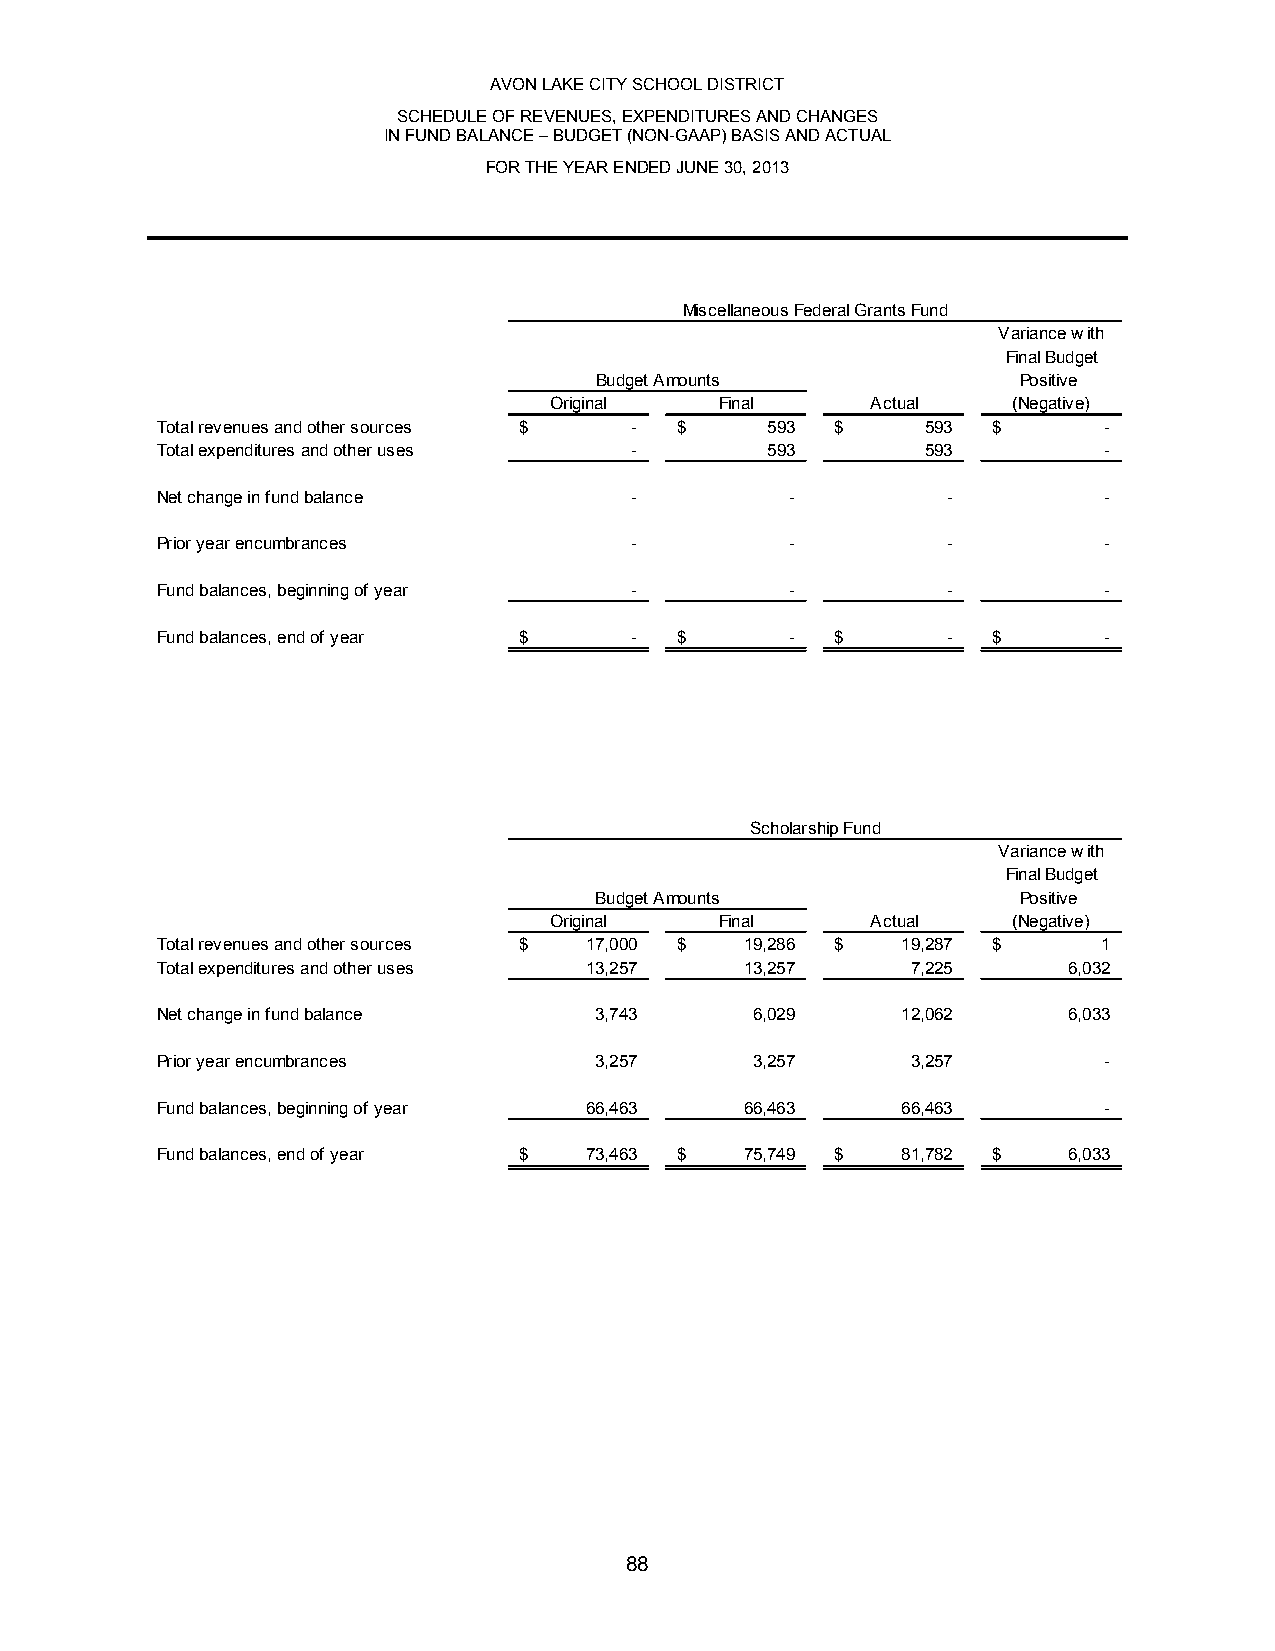
AVON LAKE CITY SCHOOL DISTRICT
 SCHEDULE OF REVENUES, EXPENDITURES AND CHANGES
 IN FUND BALANCE – BUDGET (NON-GAAP) BASIS AND ACTUAL
 FOR THE YEAR ENDED JUNE 30, 2013
 Miscellaneous Federal Grants Fund
 Variance with
 Final Budget
 Budge t Amounts              Positive
 Original    Final     Actual   (Negative)
 Total revenues and other sources $ - $   593 $     593  $      -
 Total expenditures and other uses -      593       593         -
 Net change in fund balance      -         -          -         -
 Prior year encumbrances         -         -          -         -
 Fund balances, beginning of year -        -          -         -
 Fund balances, end of year $    -  $      -  $       -  $      -
 Scholarship Fund
 Variance with
 Final Budget
 Budge t Amounts              Positive
 Original    Final     Actual   (Negative)
 Total revenues and other sources $ 17,000 $ 19,286 $ 19,287 $  1
 Total expenditures and other uses 13,257 13,257   7,225      6,032
 Net change in fund balance   3,743      6,029     12,062     6,033
 Prior year encumbrances      3,257      3,257     3,257        -
 Fund balances, beginning of year 66,463 66,463    66,463       -
 Fund balances, end of year $ 73,463 $  75,749 $   81,782 $   6,033
 88